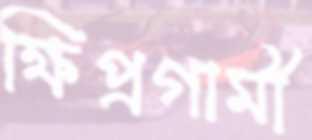
ক্ষিপ্রগামী